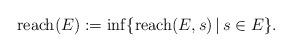
LaTeX: \begin{align*}\mathrm{reach}(E):=\inf\{\mathrm{reach}(E,s)\,|\,s\in E\}.\end{align*}